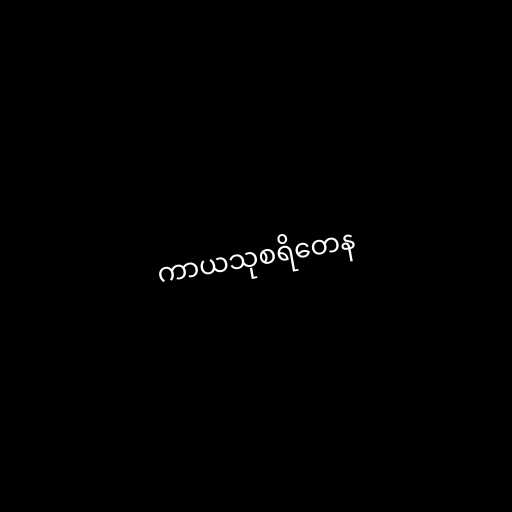
ကာယသုစရိတေန